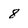
Character: 8